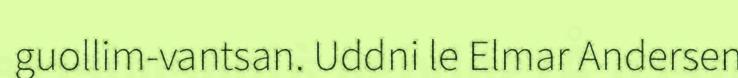
guollim-vantsan. Uddni le Elmar Andersen